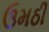
ઉમઠી